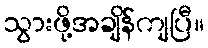
သွားဖို့အချိန်ကျပြီ။